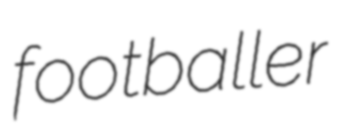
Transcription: footballer